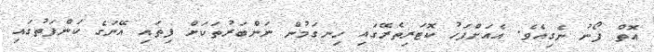
އޮތް ފޯނު ނެގިއެވެ. އެއަށްފަހު ކޮޓަރިތެރޭގައި ހިނގަމުން ނަންބަރުތަކަށް ފިތައި އޭނަގެ ކަންފަތުގައި